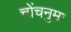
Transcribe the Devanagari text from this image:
चोंचनुमा